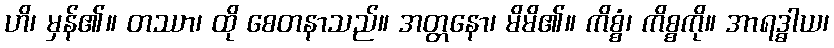
ဟိ၊ မှန်၏။ တဿာ၊ ထို စေတနာသည်။ အတ္တနော၊ မိမိ၏။ ကိစ္စံ၊ ကိစ္စကို။ အာရဒ္ဓါယ၊